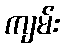
ကျမ်း